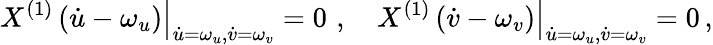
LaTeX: \left.X^{(1)}\left(\dot{u}-\omega_{u}\right)\right|_{\dot{u}=\omega_{u},\dot{v}=\omega_{v}}=0\, \, ,\quad\left.X^{(1)}\left(\dot{v}-\omega_{v}\right)\right|_{\dot{u}=\omega_{u},\dot{v}=\omega_{v}}=0\, ,